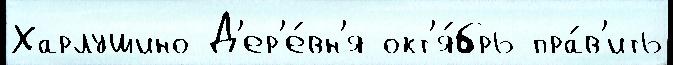
Харлушино Д'ер'е́вн'я окт'я́брь пра́в'ить